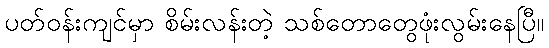
ပတ်ဝန်းကျင်မှာ စိမ်းလန်းတဲ့ သစ်တောတွေဖုံးလွမ်းနေပြီ။